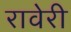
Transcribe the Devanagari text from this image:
रावेरी